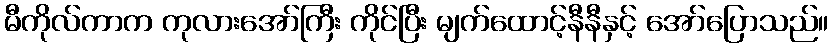
မီကိုလ်ကာက ကုလားအော်ကြီး ကိုင်ပြီး မျက်ထောင့်နီနီနှင့် အော်ပြောသည်။